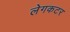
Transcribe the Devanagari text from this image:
लेगकटर